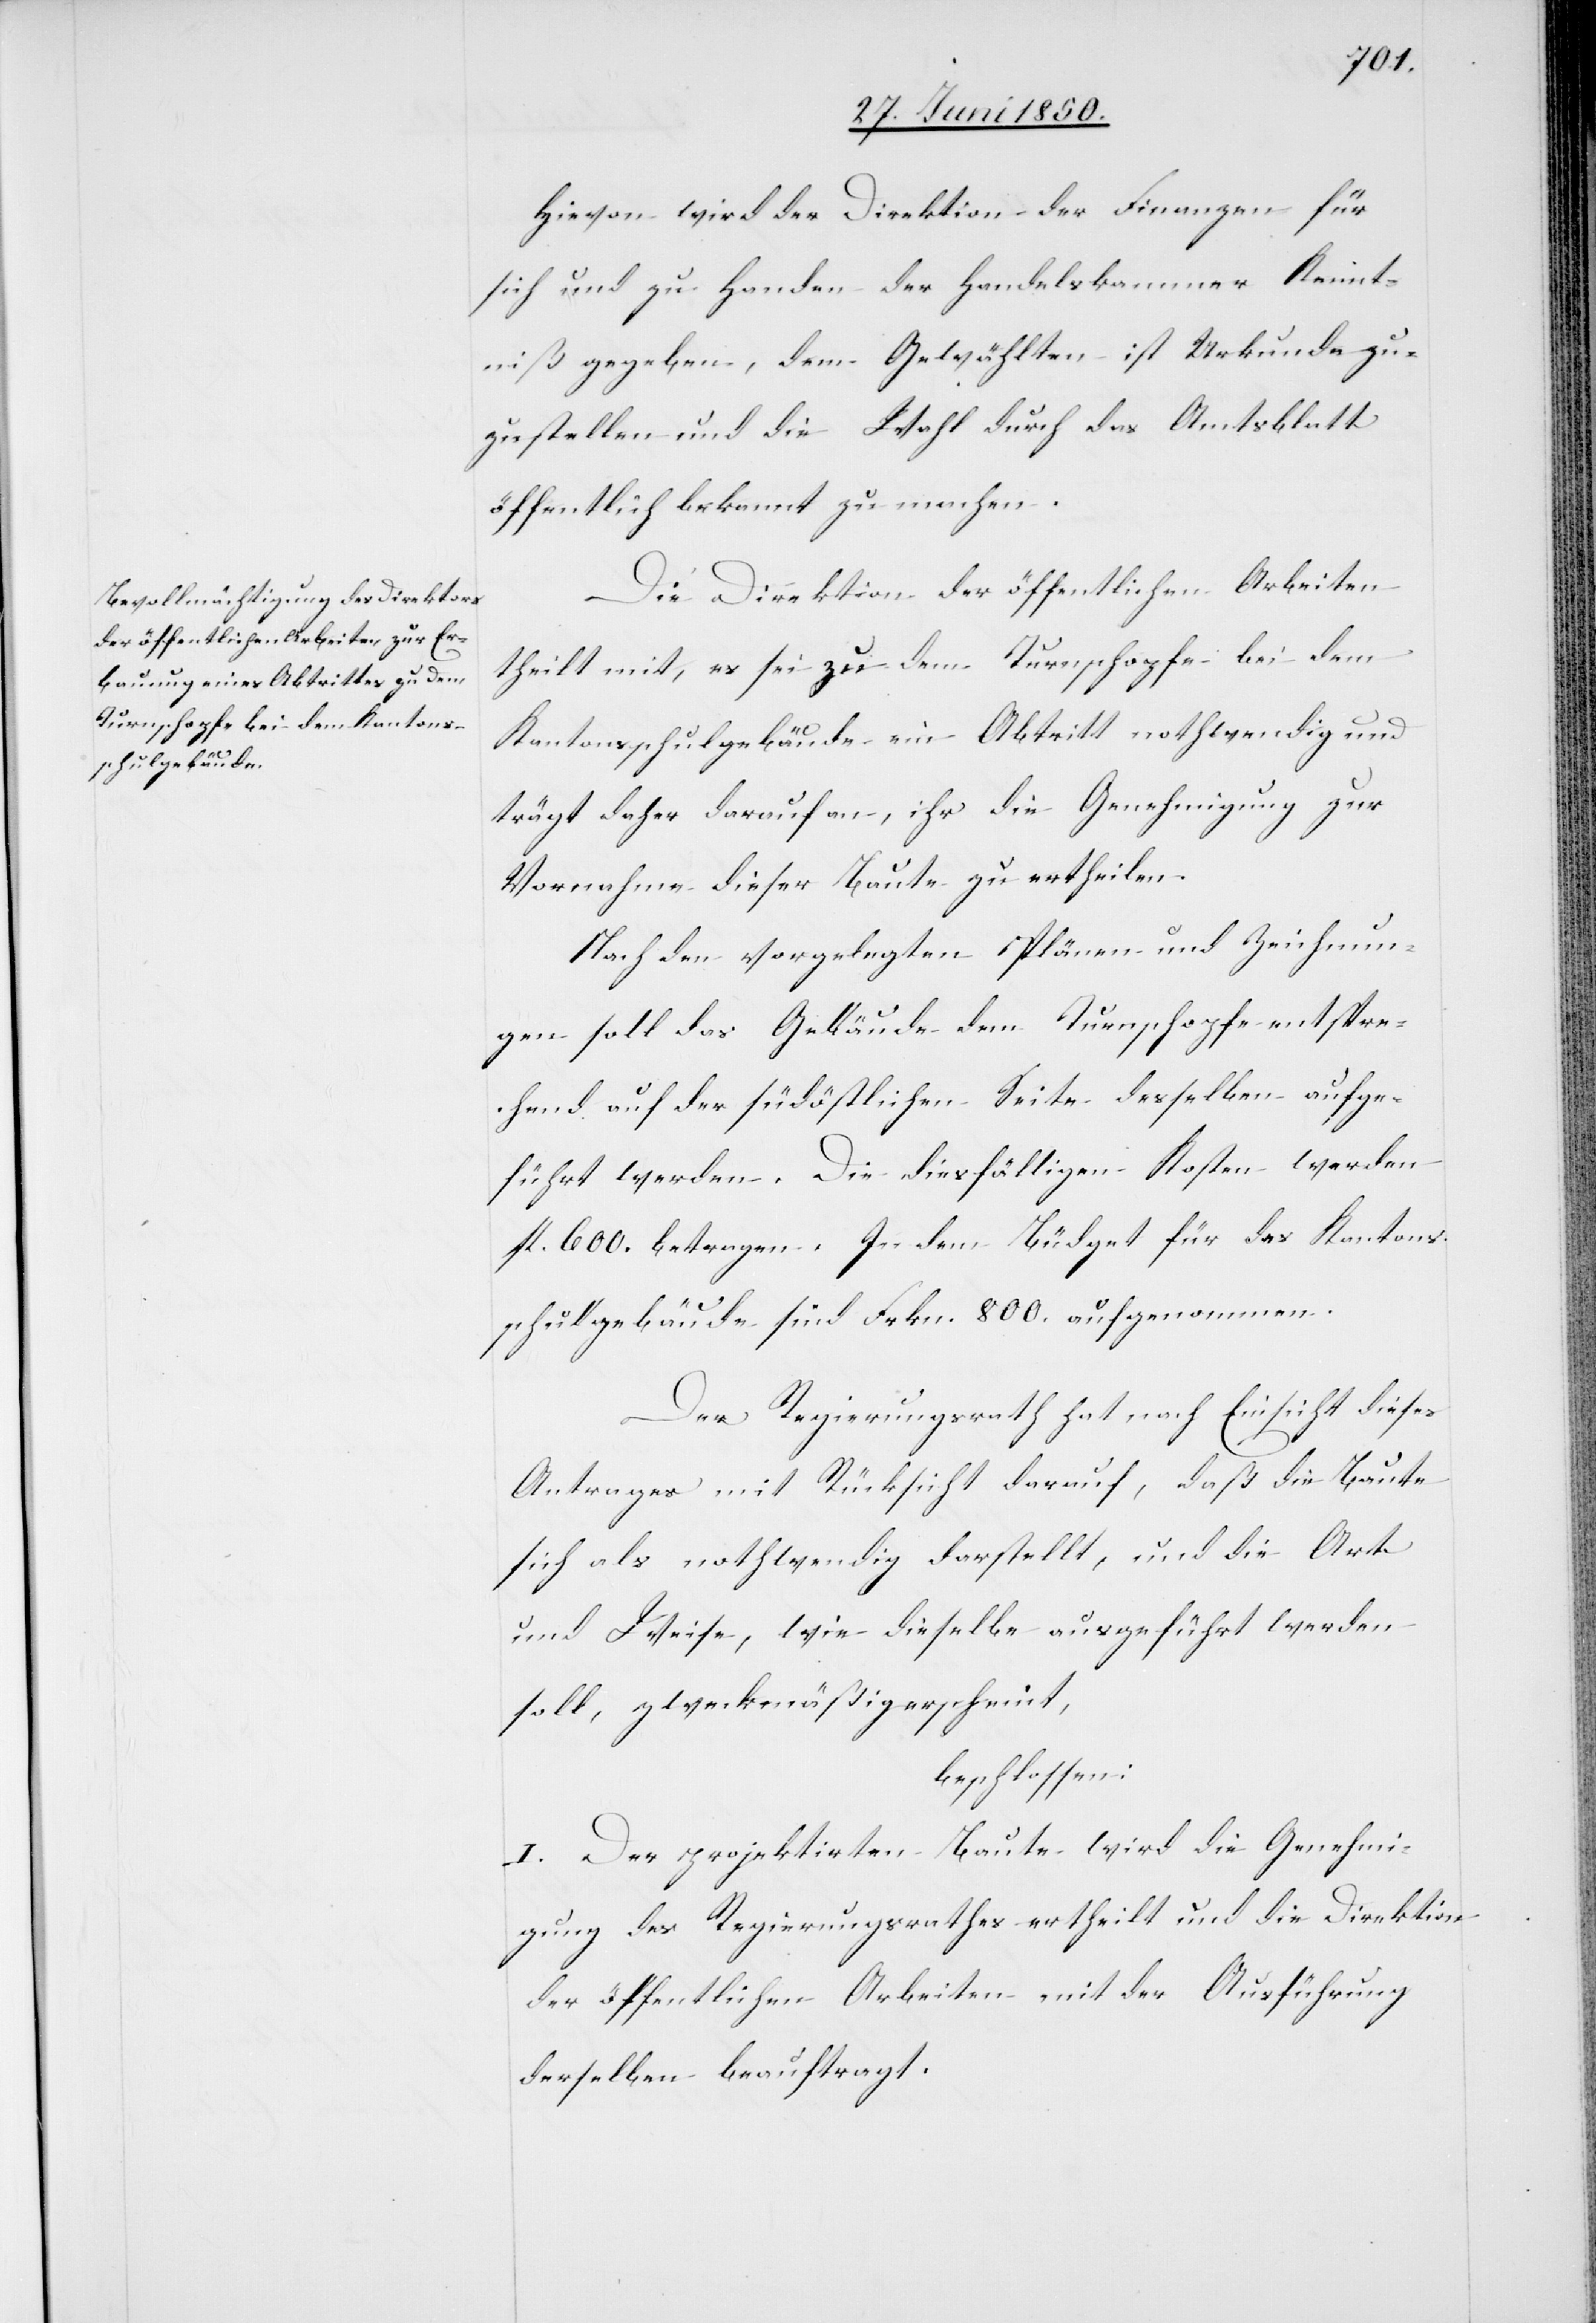
Hievon wird der Direktion der Finanzen für
sich und zu Handen der Handelskammer Kennt¬
niß gegeben, dem gewählten ist Urkunde zu¬
zustellen und die Wahl durch das Amtsblatt
öffentlich bekannt zu machen.
Die Direktion der öffentlichen Arbeiten
theilt mit, es sei zu dem Turnschopfe bei dem
Kantonsschulgebäude ein Abtritt nothwendig und
trägt daher darauf an, ihr die Genehmigung zur
Vornahme dieser Baute zu ertheilen.
Nach den vorgelegten Plänen und Zeichnun¬
gen soll das Gebäude dem Turnschopfe entspre¬
chend auf der südöstlichen Seite desselben aufge¬
führt werden. Die diesfälligen Kosten werden
fl. 600. betragen. In dem Büdget für das Kantons¬
schulgebäude sind Frkn.800. aufgenommen.
Der Regierungsrath hat nach Einsicht dieses
Antrages mit Rücksicht darauf, daß die Baute
sich als nothwendig darstellt, und die Art
und Weise, wie dieselbe ausgeführt werden
soll, zweckmäßig erscheint,
beschlossen:
I. Der projektirten Baute wird die Genehmi¬
gung des Regierungsrathes ertheilt und die Direktion
der öffentlichen Arbeiten mit der Ausführung
derselben beauftragt.